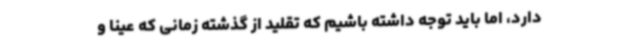
دارد، اما باید توجه داشته باشیم که تقلید از گذشته زمانی که عیناً و